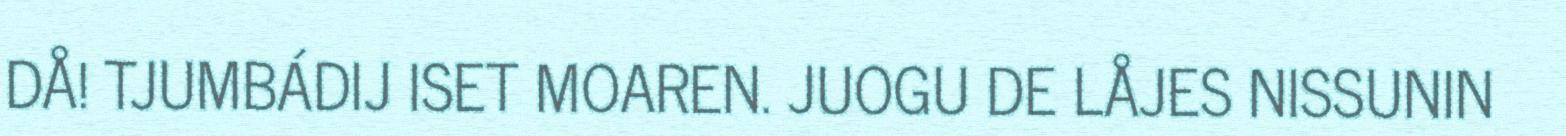
DÅ! TJUMBÁDIJ ISET MOAREN. JUOGU DE LÅJES NISSUNIN